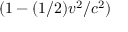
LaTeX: ( 1 - ( 1 / 2 ) v ^ { 2 } / c ^ { 2 } )